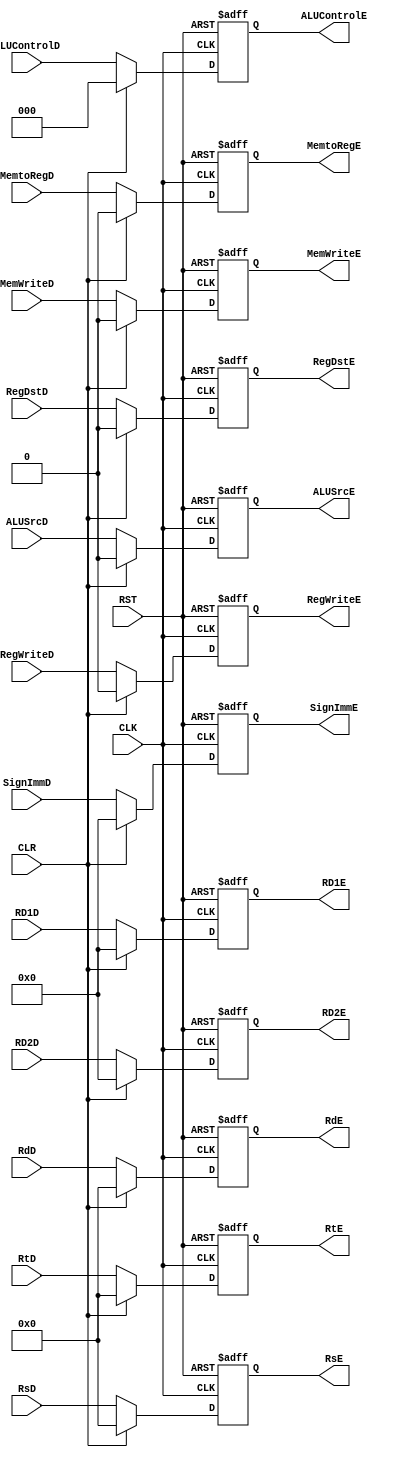

/*
Name:pipline_decode_excute_Register
owner:Omar Salah
Description:It is used to stall the instructions by hazard control unit
input:CLK,RST,CLR(FROM HAZARD CONTROL),PCPLUS4F(from adder),RD(InstrF out put for fetch)
,EN (from control unit)
output:InstrD(output for the decode stage),PCPlus4D(out for the second adder)
--------For mapping------------
.RD1E(),
.RD2E(),
.SignImmE(),
.RtE(),
.RdE(),
.RsE(),
.RegWriteE(),
.MemtoRegE(),
.MemWriteE(),
.ALUSrcE(),
.RegDstE(),
.ALUControlE(),
.CLK(),
.RST(),
.CLR(),
.RD1D(),
.RD2D(),
.SignImmD(),
.RtD(),
.RdD(),
.RsD(),
.RegWriteD(),
.MemtoRegD(),
.MemWriteD(),
.ALUSrcD(),
.RegDstD(),
.ALUControlD()

*/
module  reg_excute  #(parameter INPUT_DATA  = 32  ,
                                OUTPUT_DATA = 32)  
(
output  reg    [OUTPUT_DATA-1:0]  RD1E,RD2E,SignImmE,
output  reg    [4:0]              RtE,RdE,RsE,
output  reg                       RegWriteE,MemtoRegE,MemWriteE,ALUSrcE,RegDstE,
output  reg    [2:0]              ALUControlE,
input   wire                      CLK,RST,CLR,
input   wire   [INPUT_DATA-1:0]   RD1D,RD2D,SignImmD,
input   wire   [4:0]              RtD, RdD, RsD,
input   wire                      RegWriteD,MemtoRegD,MemWriteD,ALUSrcD,RegDstD,
input   wire   [2:0]              ALUControlD    
);

always @ ( posedge CLK or negedge RST)
    begin
        if ( ! RST )
            begin
                RD1E <= 32'd0;
                RD2E <= 32'd0;
                RsE <= 32'd0;
                RtE <= 5'd0;
                RdE <= 5'd0;
                SignImmE <= 32'd0;
                RegWriteE <= 1'b0;
                MemtoRegE <= 1'b0;
                MemWriteE <= 1'b0;
                ALUSrcE <= 1'b0;
                RegDstE <= 1'b0;
                ALUControlE <= 3'd0;            
            end
        else if ( CLR )
            begin
                RD1E <= 32'd0;
                RD2E <= 32'd0;
                RsE <= 32'd0;
                RtE <= 5'd0;
                RdE <= 5'd0;
                SignImmE <= 32'd0;
                RegWriteE <= 1'b0;
                MemtoRegE <= 1'b0;
                MemWriteE <= 1'b0;
                ALUSrcE <= 1'b0;
                RegDstE <= 1'b0;
                ALUControlE <= 3'd0;                
            end
        else
            begin
                RD1E <= RD1D;
                RD2E <= RD2D;
                RsE <= RsD;
                RtE <= RtD;
                RdE <= RdD;
                SignImmE <= SignImmD;
                RegWriteE <= RegWriteD;
                MemtoRegE <= MemtoRegD;
                MemWriteE <= MemWriteD;
                ALUSrcE <= ALUSrcD;
                RegDstE <= RegDstD;
                ALUControlE <= ALUControlD;
            end
    end
endmodule